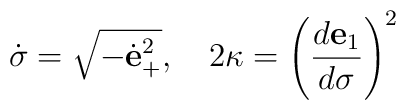
{\dot\sigma}=\sqrt{-{\dot{\bf e}}^2_+},\quad 2\kappa=\left({d{\bf e}_1\over d\sigma}\right)^2